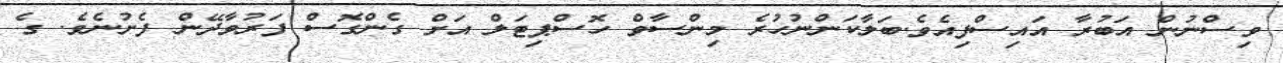
ވިސްނުން އަބުރާ އައިސްފިއެވެ.ބަލާކަންނުހުރެ މިންސާވް ހޮސްޕިޓަލް އަށް ގެންގޮސް ފަރުވާދޭން ފެށުނެވެ. ގެ